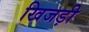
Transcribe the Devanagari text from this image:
खिजड़ी